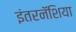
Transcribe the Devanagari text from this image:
इंतरनॅशिया